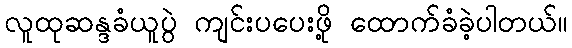
လူထုဆန္ဒခံယူပွဲ ကျင်းပပေးဖို့ ထောက်ခံခဲ့ပါတယ်။